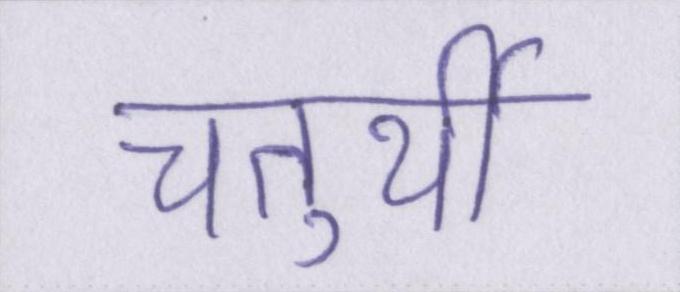
चतुर्थी